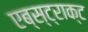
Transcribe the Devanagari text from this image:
एब्स्ट्राक्ट